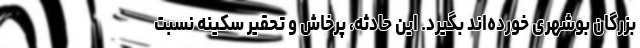
بزرگان بوشهری خورده‌اند بگیرد. این حادثه، پرخاش و تحقیر سکینه نسبت